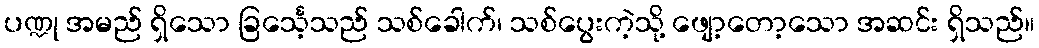
ပဏ္ဍု အမည် ရှိသော ခြင်္သေ့သည် သစ်ခေါက်၊ သစ်ပွေးကဲ့သို့ ဖျော့တော့သော အဆင်း ရှိသည်။